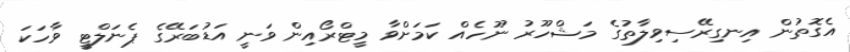
އެގޮތުން އިނގިރޭސިވިލާތުގެ މަޝްހޫރު ނޫހެއް ކަމަށްވާ މީޓްރޯއިން ވަނީ އަޑުބަރޭގެ ޕެނަލްޓީ ވާހަކަ